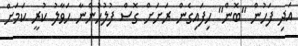
އަދި ފަހުން "ބޮން" ހިފައިގެން ރަށަށް ގޮސް ފުލުހުންނާ ހަވާލު ކުރީ ކަމަށް